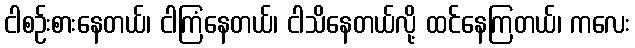
ငါစဉ်းစားနေတယ်၊ ငါကြံနေတယ်၊ ငါသိနေတယ်လို့ ထင်နေကြတယ်၊ ကလေး